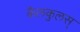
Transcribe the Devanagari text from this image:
कैलकुलस्‌